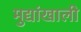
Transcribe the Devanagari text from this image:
मुद्यांखाली